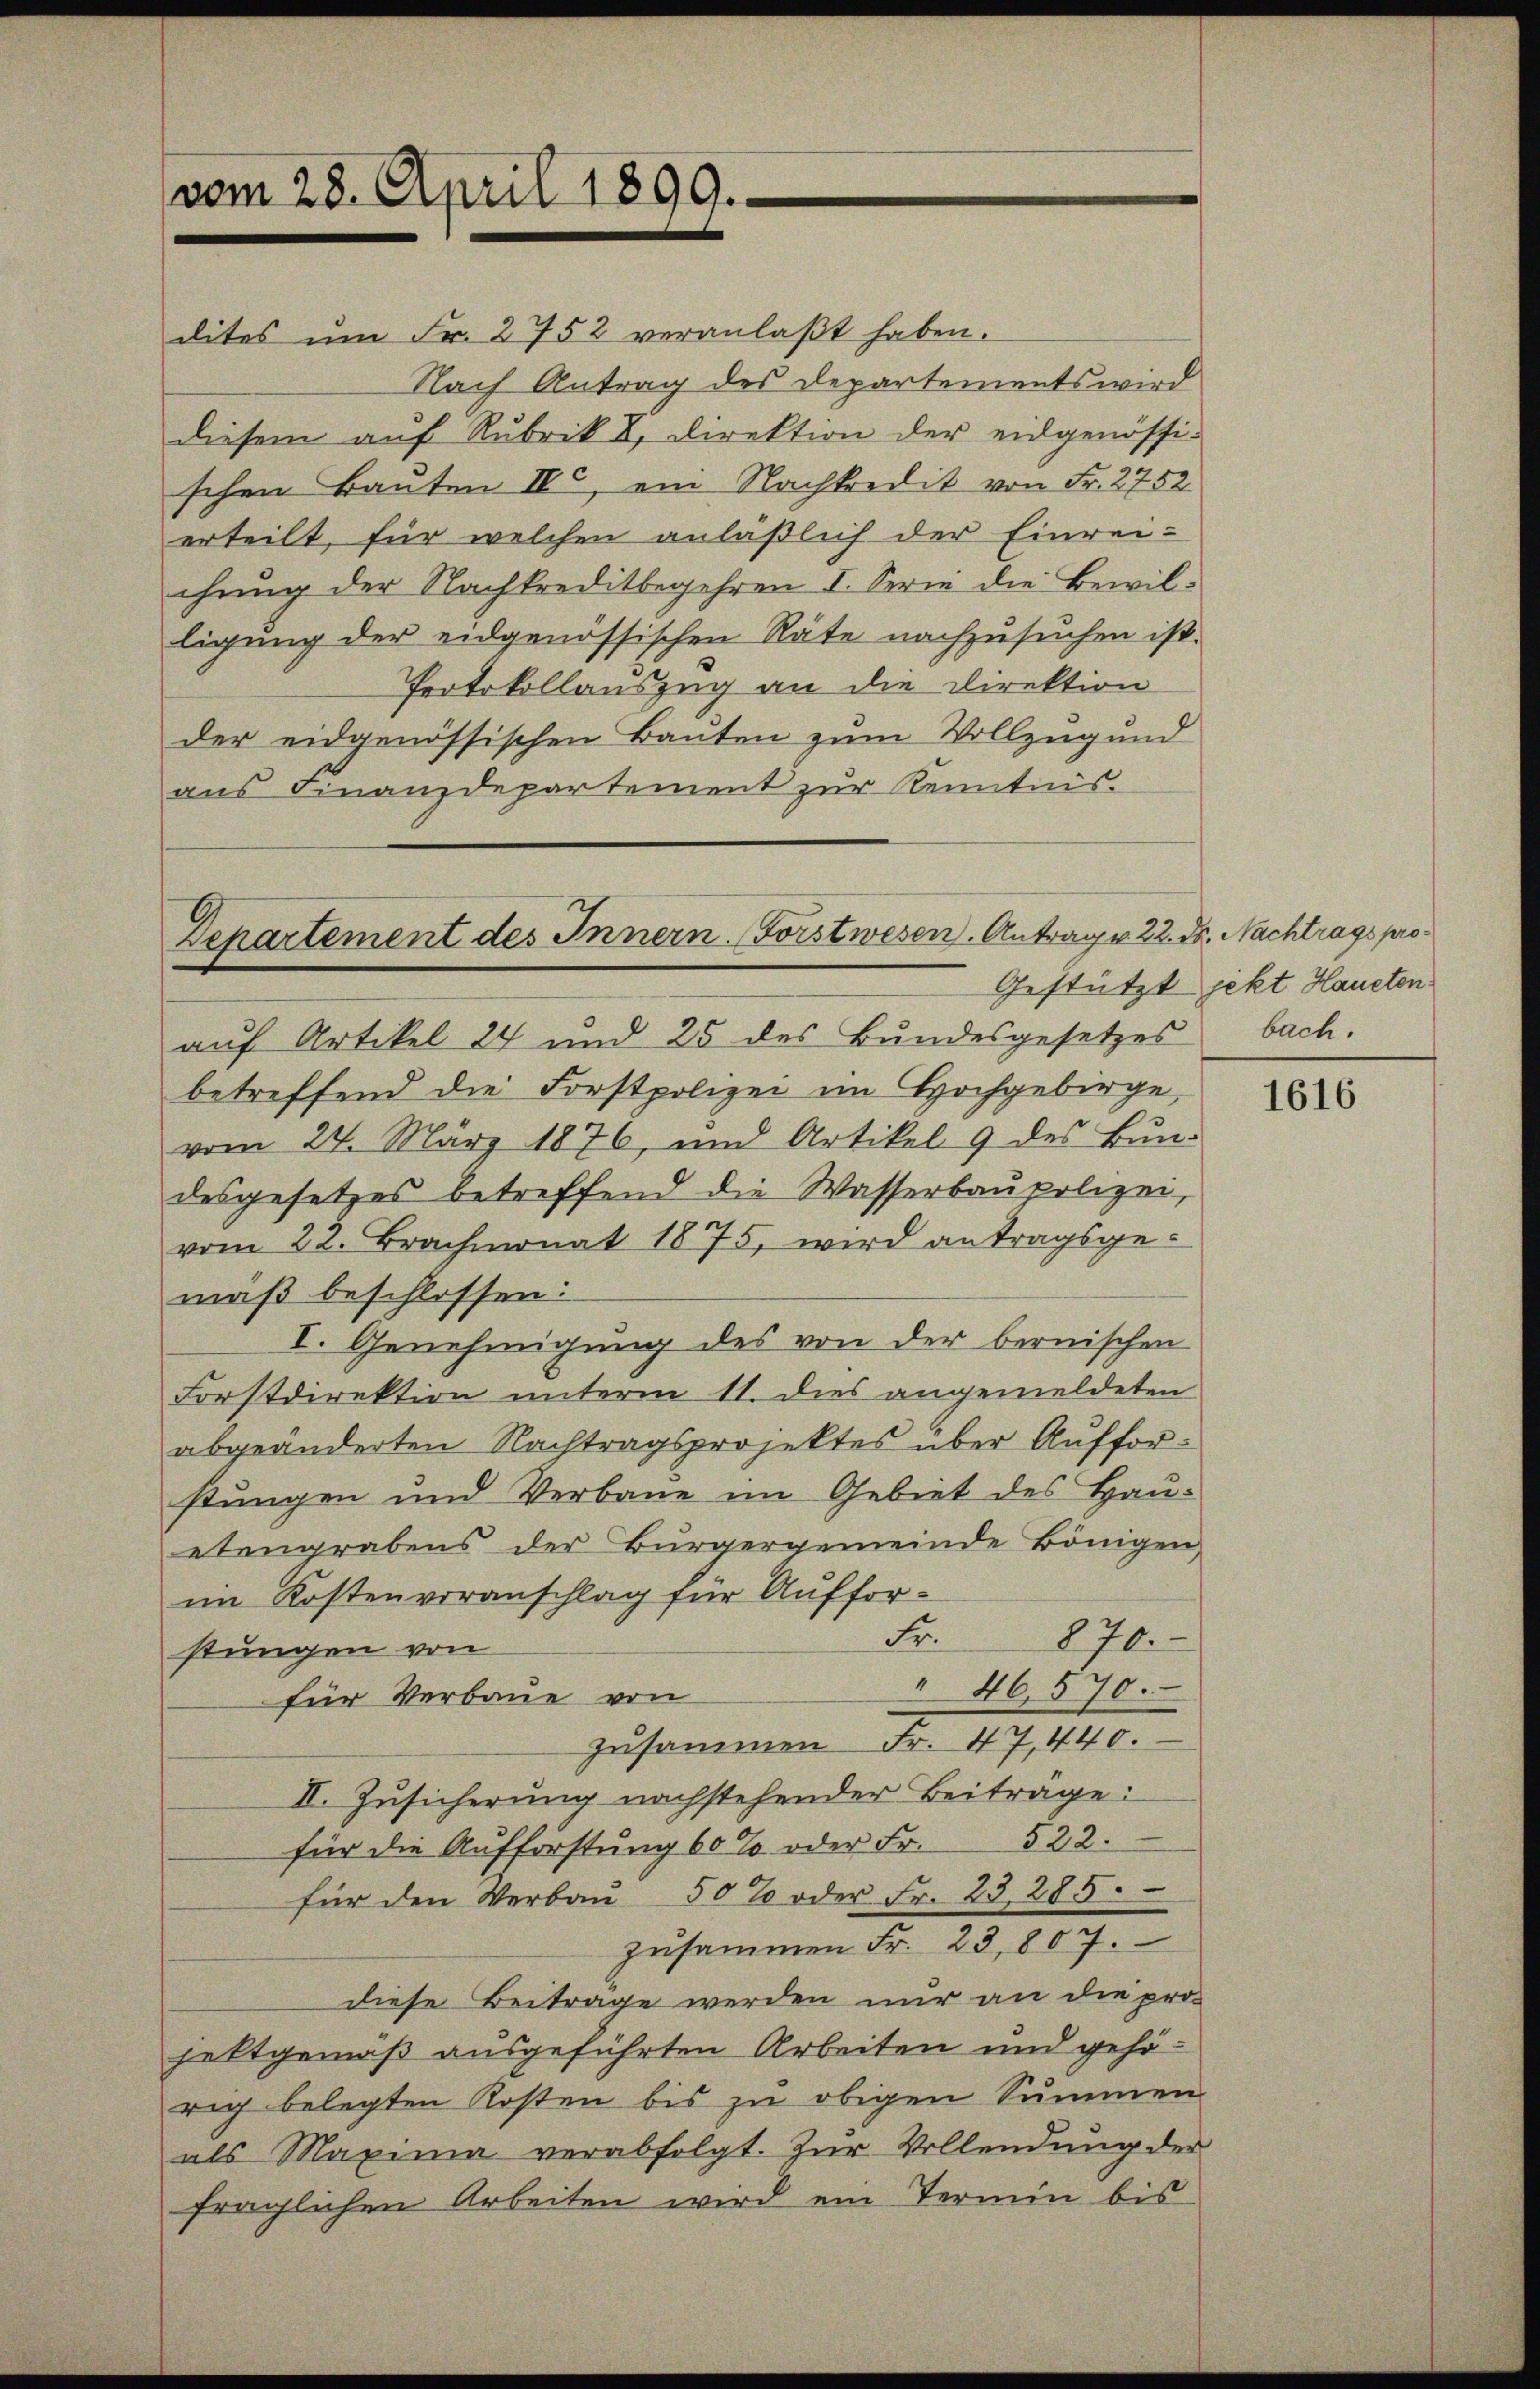
vom 28. April 1899.

dites ŭm Fr. 2752 veranlaβt haben.
Nach Antrag des Departements wird
diesem auf Rubrik II, Direktion der eidgenössi-
schen Bauten IV., ein Nachkredit von Fr. 2752
erteilt, für welchen anläßlich der Einreichung der Nachkreditbegehren I. Serie die Bewilligung der eidgenössischen Räte nachzusuchen ist.
Protokollauszug an die Direktion
der eidgenössischen Bauten zum Vollzug und
aus Finanzdepartement zur Kenntnis.

Departement des Innern. Forstwesen. Antrag v. 22. d. Nachtrags pro

auf Artikel 24 und 25 des Bundesgesetzes
betreffend die Forstpolizei im Hochgebirge
vom 24. März 1876, und Artikel 9 des Bŭn-
desgesetzes betreffend die Wasserbaupolizei,
vom 22. Brachmonat 1875, wird antragsgemäß beschlossen:
I. Genehmigung des von der bernischen
Forstdirektion unterm 11. dies angemeldeten
abgeänderten Nachtragsprojektes über Aufforstungen und Verbaue im Gebiet des Hauetengrabens der Bürgergemeinde Bönigen,
im Kostenvoranschlag für Auffor¬
Fi
870.
stungen von
 46. 570.
für Verbaue von
zusammen Fr. 47, 440.
II. Zusicherung nachstehender Beiträge:
für die Aufforstung 60% oder Fr. 522.
für den Verbaŭ 50% oder Fr. 23, 285.
zusammen Fr. 23,807.
diese Beiträge werden nur an die projettgemäß ausgeführten Arbeiten und gehörig belegten Kosten bis zu obigen Summen
als Maxima verabfolgt. Zŭr Vollendung der
fraglichen Arbeiten wird ein Termin bis

Gestützt jekt Haueten.
bach.

1616